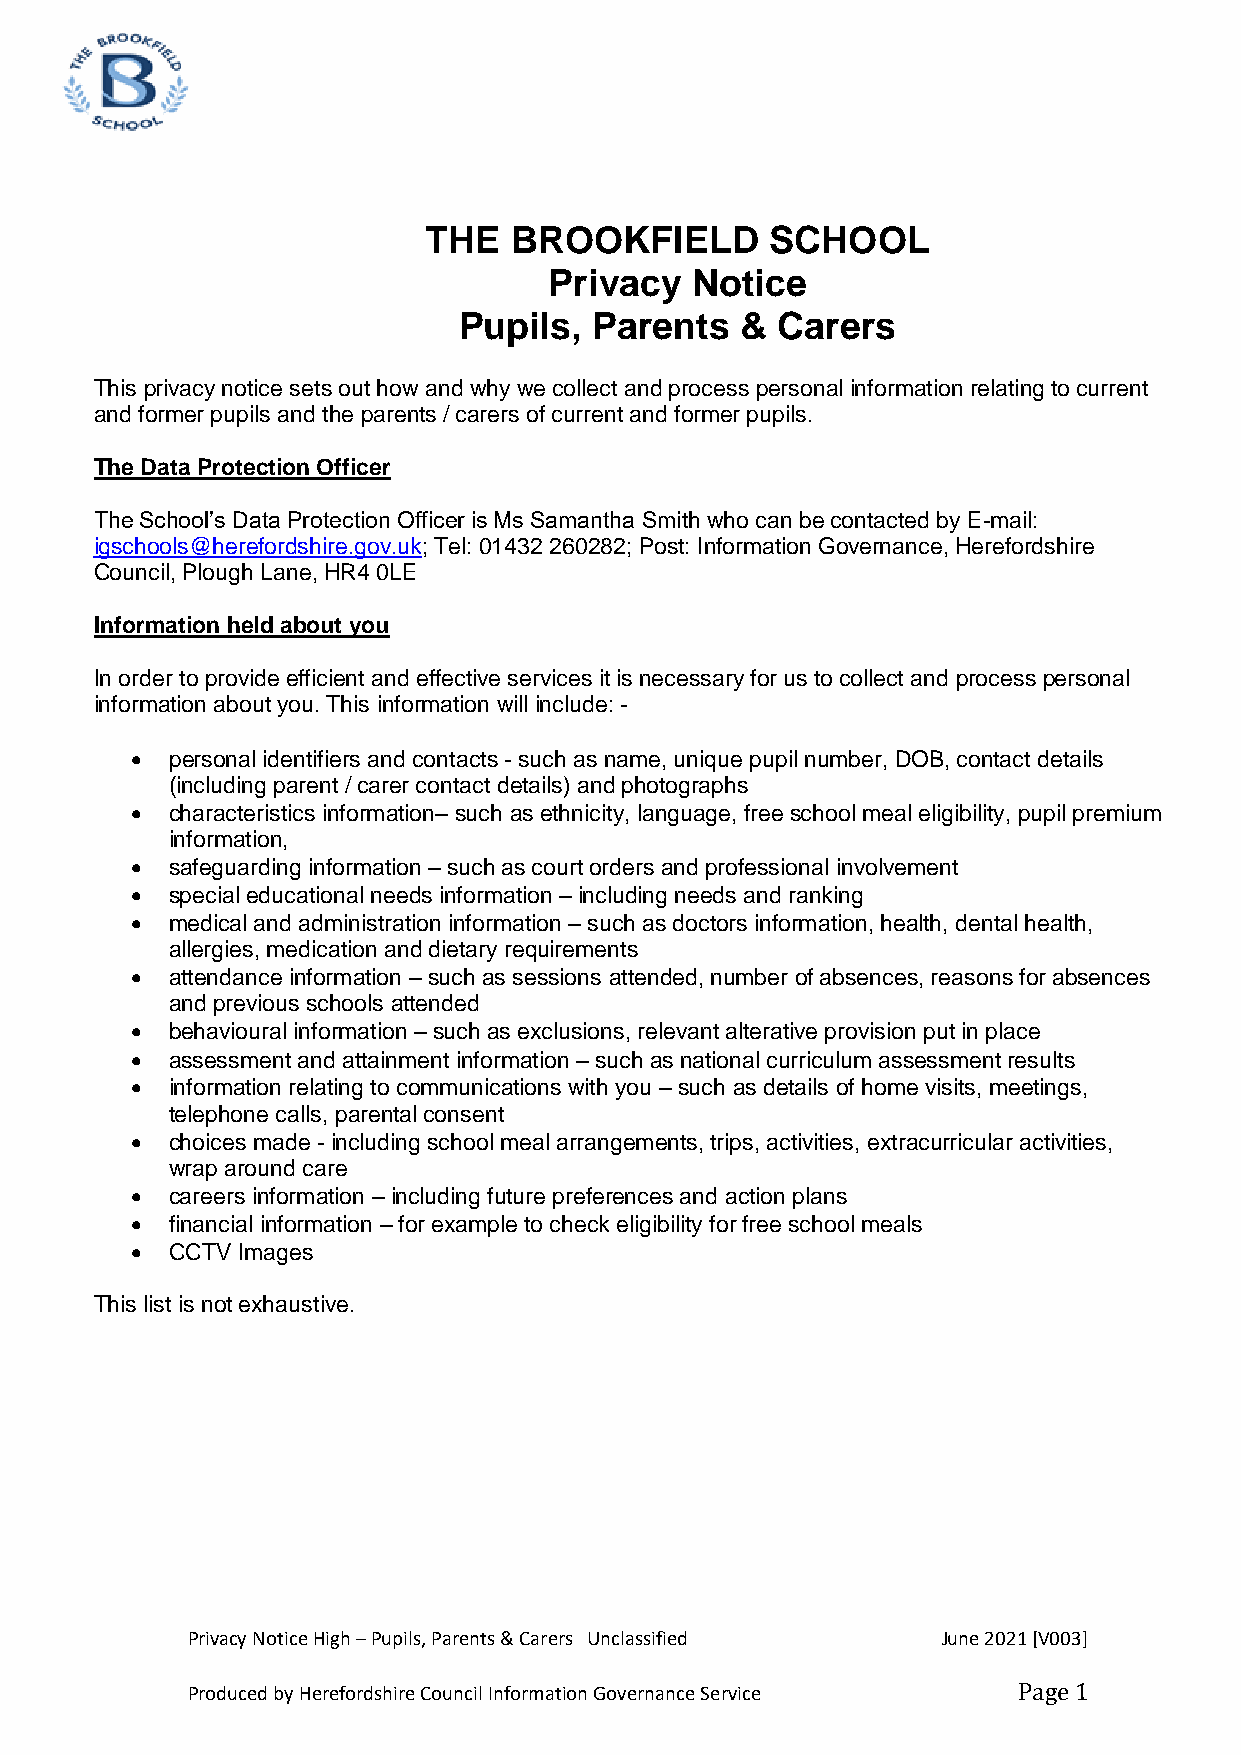
THE   BROOKFIELD       SCHOOL
 Privacy   Notice
 Pupils,  Parents   & Carers
 This privacy notice sets out how and why we collect and process personal information relating to current
 and former pupils and the parents / carers of current and former pupils.
 The Data Protection Officer
 The School’s Data Protection Officer is Ms Samantha Smith who can be contacted by E-mail:
 igschools@herefordshire.gov.uk; Tel: 01432 260282; Post: Information Governance, Herefordshire
 Council, Plough Lane, HR4 0LE
 Information held about you
 In order to provide efficient and effective services it is necessary for us to collect and process personal
 information about you. This information will include: -
  personal identifiers and contacts - such as name, unique pupil number, DOB, contact details
 (including parent / carer contact details) and photographs
  characteristics information– such as ethnicity, language, free school meal eligibility, pupil premium
 information,
  safeguarding information – such as court orders and professional involvement
  special educational needs information – including needs and ranking
  medical and administration information – such as doctors information, health, dental health,
 allergies, medication and dietary requirements
  attendance information – such as sessions attended, number of absences, reasons for absences
 and previous schools attended
  behavioural information – such as exclusions, relevant alterative provision put in place
  assessment and attainment information – such as national curriculum assessment results
  information relating to communications with you – such as details of home visits, meetings,
 telephone calls, parental consent
  choices made - including school meal arrangements, trips, activities, extracurricular activities,
 wrap around care
  careers information – including future preferences and action plans
  financial information – for example to check eligibility for free school meals
  CCTV Images
 This list is not exhaustive.
 Privacy Notice High – Pupils, Parents & Carers Unclassified June 2021 [V003]
 Produced by Herefordshire Council Information Governance Service Page 1